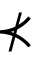
\nprec